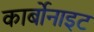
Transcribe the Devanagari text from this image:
कार्बोनाइट